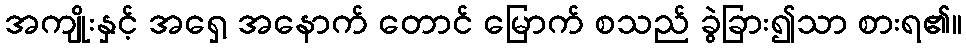
အကျိုးနှင့် အရှေ့ အနောက် တောင် မြောက် စသည် ခွဲခြား၍သာ စားရ၏။